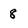
Character: 8